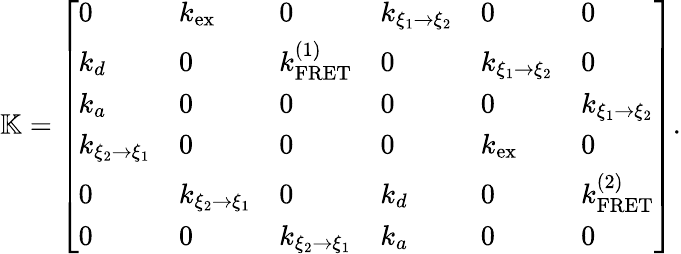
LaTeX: \mathbb{K}=\left[\begin{array}{llllll}{0}&{k_{\mathrm{ex}}}&{0}&{k_{\xi_{1}\rightarrow\xi_{2}}}&{0}&{0}\\ {k_{d}}&{0}&{k_{\mathrm{FRET}}^{(1)}}&{0}&{k_{\xi_{1}\rightarrow\xi_{2}}}&{0}\\ {k_{a}}&{0}&{0}&{0}&{0}&{k_{\xi_{1}\rightarrow\xi_{2}}}\\ {k_{\xi_{2}\rightarrow\xi_{1}}}&{0}&{0}&{0}&{k_{\mathrm{ex}}}&{0}\\ {0}&{k_{\xi_{2}\rightarrow\xi_{1}}}&{0}&{k_{d}}&{0}&{k_{\mathrm{FRET}}^{(2)}}\\ {0}&{0}&{k_{\xi_{2}\rightarrow\xi_{1}}}&{k_{a}}&{0}&{0}\end{array}\right].